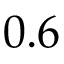
0 . 6